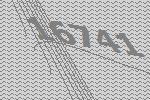
16741